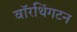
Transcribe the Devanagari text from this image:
वॉरथिंगटन